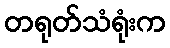
တရုတ်သံရုံးက